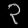
Digit: ၃